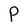
Character: P